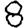
Digit: 8